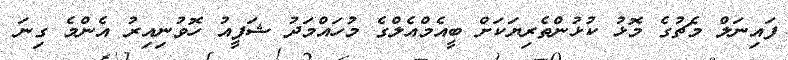
ފައިނަލް މެޗުގެ މޮޅު ކުޅުންތެރިޔަކަށް ބީއެމްއެލްގެ މުހައްމަދު ޝަފީއު ހޮވުނިއިރު އެންމެ ގިނަ